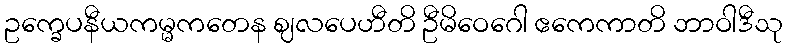
ဥက္ခေပနီယကမ္မကတေန ဈလပေဟီတိ ဦမိဝေဂေါ ဧကေကာတိ ဘာဝါဒီသု